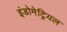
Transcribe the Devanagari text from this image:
इंडोमेट्रियल